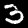
Label: 3